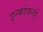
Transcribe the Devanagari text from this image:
इन्फोवर्ल्ड